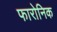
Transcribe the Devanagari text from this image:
फारोनिक